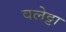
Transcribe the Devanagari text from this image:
वलेट्टा